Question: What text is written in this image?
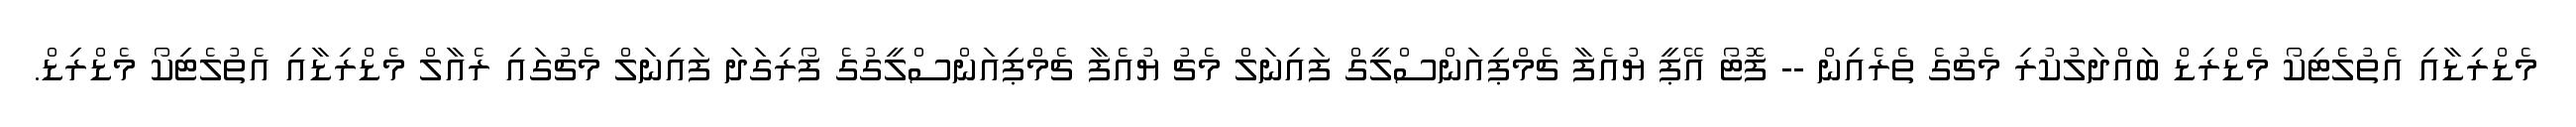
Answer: މެޑްރިޑާއި އެތުލެޓިކޯ މެޑްރިޑް ބައްދަލުކުރި މެޗުގެ ތެރެއިން -- ފޮޓޯ އޭޕީ ޔުއެފާ ޗެމްޕިއަންސްލީގް ފައިނަލް މެޗު ޔުއެފާ ޗެމްޕިއަންސްލީގުގެ ފޯރިގަދަ ފައިނަލް މެޗުގައި ރެއާލް މެޑްރިޑާއި އެތުލެޓިކޯ މެޑްރިޑް.